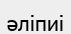
әліпиі